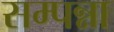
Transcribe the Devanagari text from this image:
सम्पन्ना